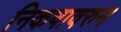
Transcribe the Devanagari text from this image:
निकषावरुन